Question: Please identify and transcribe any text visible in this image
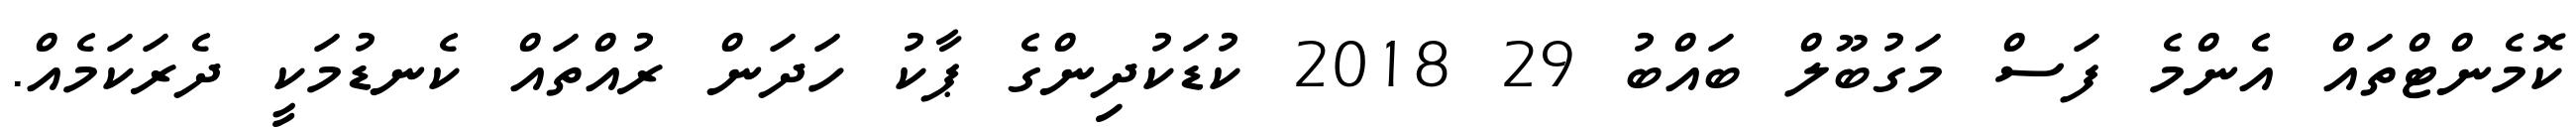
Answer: ކޮމެންޓްތައް އެންމެ ފަސް މަގުބޫލް ބައްބު 29 2018 ކުޑަކުދިންގެ ޕާކު ހަދަން ރުއްތައް ކެނޑުމަކީ ދެރަކަމެއް.